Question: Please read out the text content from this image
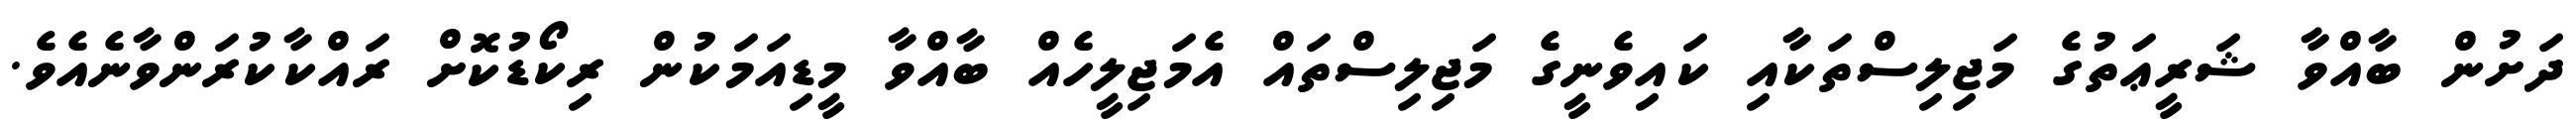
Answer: ދަށުން ބާއްވާ ޝަރީޢަތުގެ މަޖިލިސްތަކާއި ކައިވެނީގެ މަޖިލިސްތައް އެމަޖިލީހެއް ބާއްވާ މީޑިއަމަކުން ރިކޯޑުކޮށް ރައްކާކުރަންވާނެއެވެ.